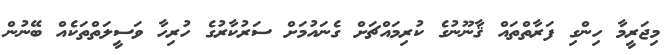
މިޖަރީމާ ހިންގި ފަރާތްތައް ޤާނޫނުގެ ކުރިމައްޗަށް ގެނައުމަށް ސަރުކާރުގެ ހުރިހާ ވަސީލަތްތަކެއް ބޭނުން